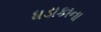
ધડાકાના